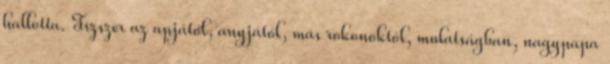
hallotta. Tízszer az apjától, anyjától, más rokonoktól, mulatságban, nagypapa